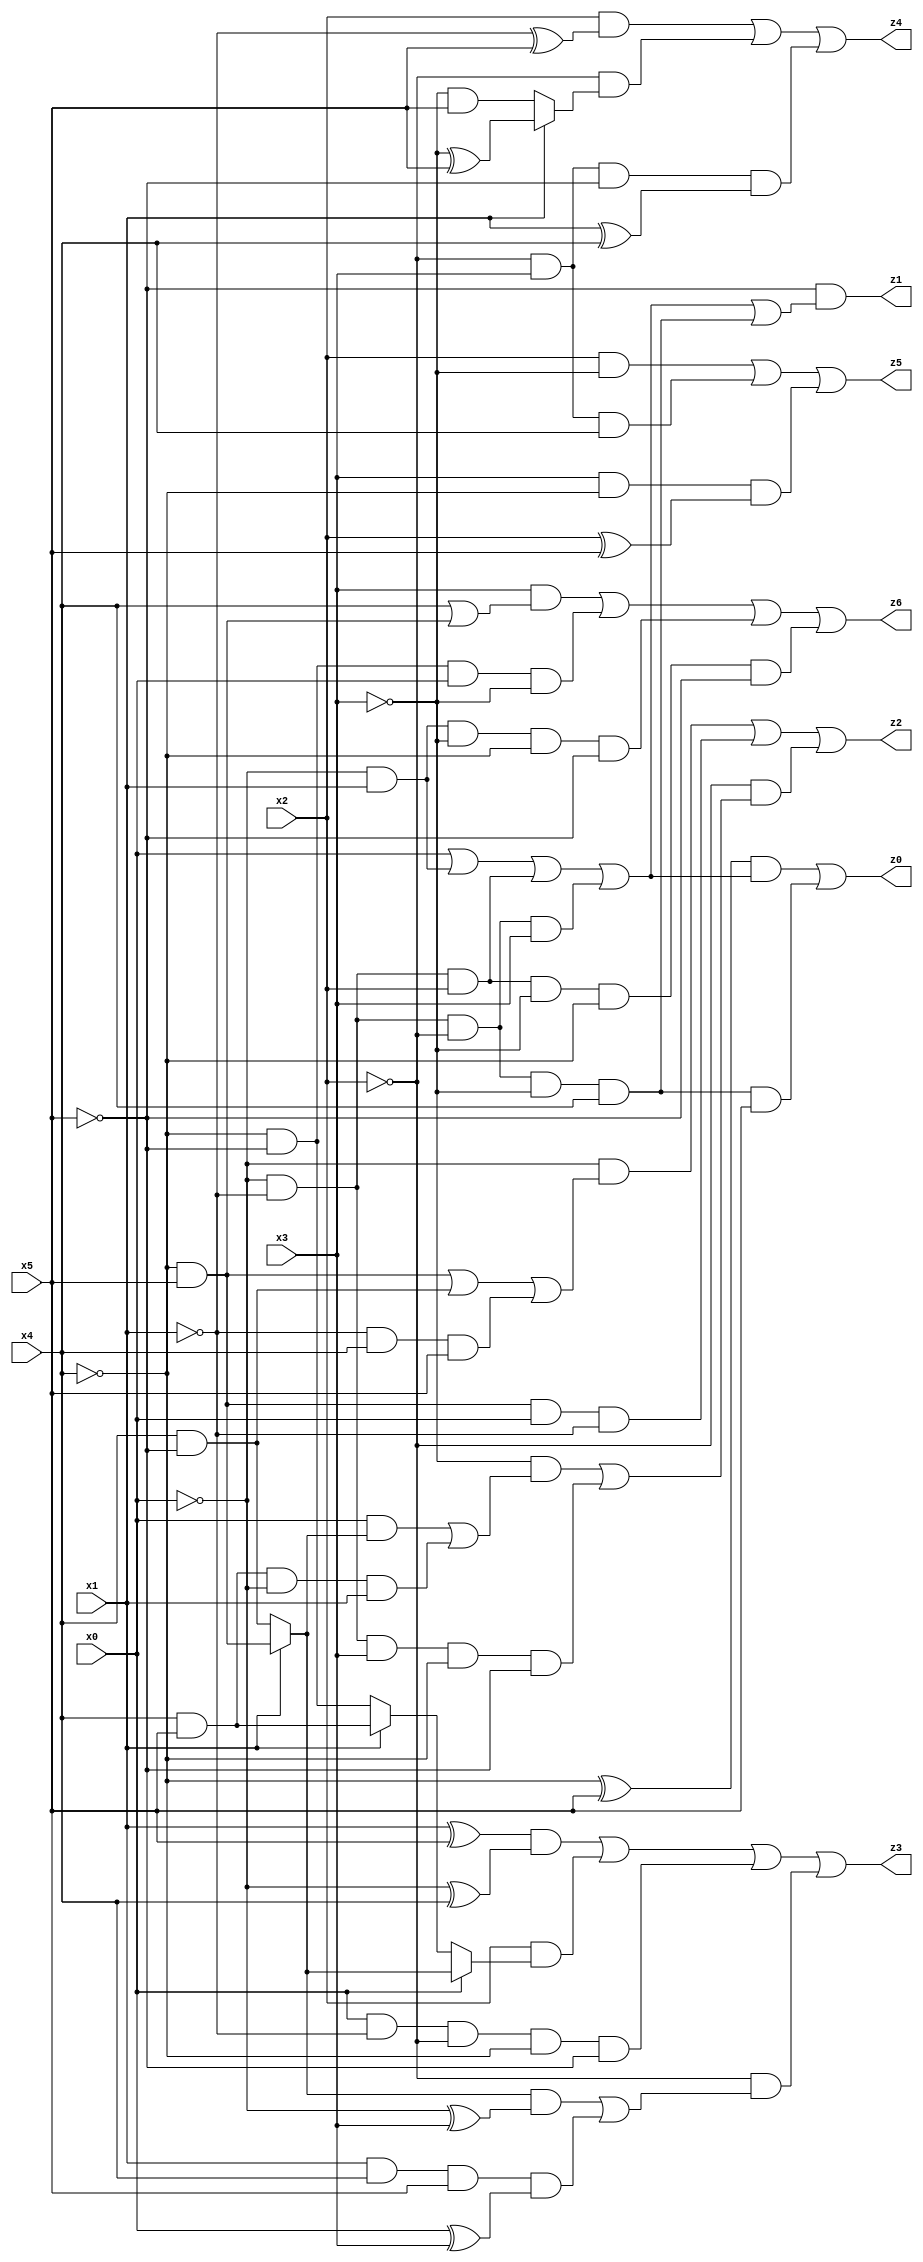
// Benchmark "X_3" written by ABC on Wed Jun 07 15:28:47 2023

module X_17 ( 
    x0, x1, x2, x3, x4, x5,
    z0, z1, z2, z3, z4, z5, z6  );
  input  x0, x1, x2, x3, x4, x5;
  output z0, z1, z2, z3, z4, z5, z6;
  assign z0 = ((~x4 ^ x5) & (x0 | (~x0 & x1) | (~x0 & ~x1 & x2) | (~x0 & ~x1 & ~x2 & x3))) | (~x0 & ~x1 & ~x2 & ~x3 & x4 & x5);
  assign z1 = ~x5 & (x0 | (~x0 & x1) | (~x0 & ~x1 & x2) | (~x0 & ~x1 & ~x2 & x3) | (~x0 & ~x1 & ~x2 & ~x3 & x4));
  assign z2 = (~x0 & ((~x4 & x5) | (x4 & ~x5) | (~x1 & x4 & x5))) | (~x4 & x5 & x0 & ~x1) | (~x2 & ((~x3 & ((x0 & (x1 ? (~x4 & x5) : (x4 & ~x5))) | (x4 & x5 & ~x0 & x1))) | (~x0 & ~x1 & x3 & ~x4 & ~x5)));
  assign z3 = ((x1 ^ x5) & (~x0 ^ x4)) | (x2 & (x0 ? (x1 ? (~x4 & x5) : (x4 & ~x5)) : (x1 ? (x4 & x5) : (~x4 & ~x5)))) | (x0 & ~x1 & ~x2 & ~x4 & ~x5) | (~x2 & (((x1 ? (~x4 & x5) : (x4 & ~x5)) & (~x0 ^ x3)) | (x1 & x4 & x5 & (x0 ^ x3))));
  assign z4 = (x2 & (~x1 ^ x5)) | (~x2 & (x1 ? (~x3 ^ x5) : (~x3 & x5))) | (~x2 & x3 & ~x5 & (x1 ^ x4));
  assign z5 = (x2 & ~x3) | (~x2 & x3 & x4) | (x3 & ~x4 & (x2 ^ x5));
  assign z6 = (x3 & (x4 | (~x4 & x5))) | (~x4 & ~x5 & x0 & ~x3) | (~x0 & x1 & ~x3 & ~x4 & ~x5) | (~x0 & ~x1 & x2 & ~x3 & ~x4 & ~x5);
endmodule